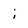
Character: i